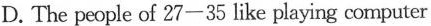
D.The people of 27—35 likeplaying computer